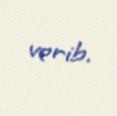
verib.